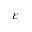
\varepsilon